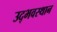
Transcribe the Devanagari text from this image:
उद्भवस्थान